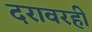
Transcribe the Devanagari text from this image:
दरावरही